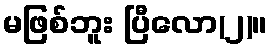
မဖြစ်ဘူး ပြီလော(၂)။